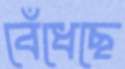
বেঁধেছে